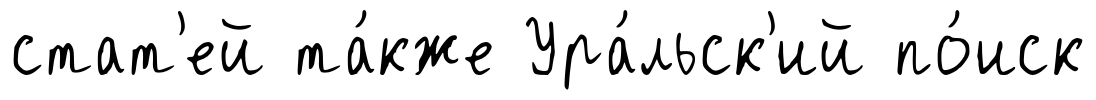
стат'ей та́кже Ура́льск'ий по́иск